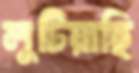
লুটিয়াছি